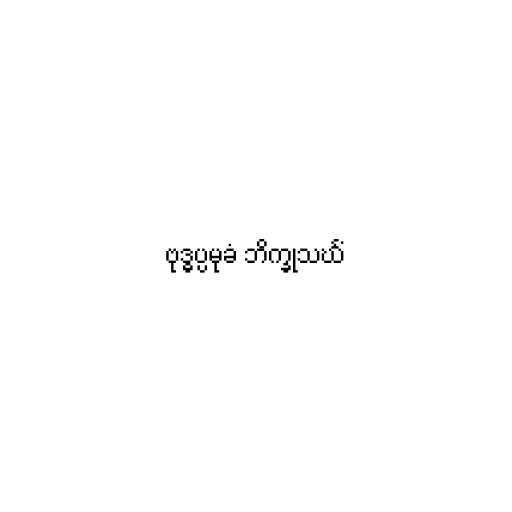
ဗုဒ္ဓပ္ပမုခံ ဘိက္ခုသင်္ဃံ